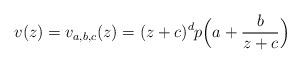
LaTeX: \begin{align*}v(z)=v_{a,b,c}(z)=(z+c)^d p\Big (a+\frac{b}{z+c}\Big )\end{align*}